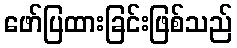
ဖော်ပြထားခြင်းဖြစ်သည်